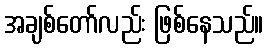
အချစ်တော်လည်း ဖြစ်နေသည်။